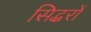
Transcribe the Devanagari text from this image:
सिद्धरों